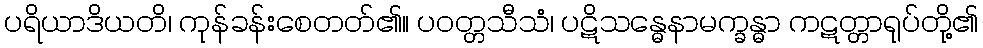
ပရိယာဒိယတိ၊ ကုန်ခန်းစေတတ်၏။ ပဝတ္တသီသံ၊ ပဋိသန္ဓေနာမက္ခန္ဓာ ကဋတ္တာရုပ်တို့၏